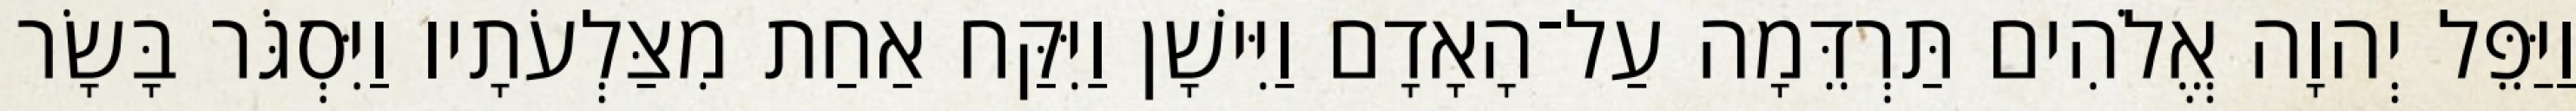
וַיַּפֵּל יְהוָה אֱלֹהִים תַּרְדֵּמָה עַל־הָאָדָם וַיִּישָׁן וַיִּקַּח אַחַת מִצַּלְעֹתָיו וַיִּסְגֹּר בָּשָׂר